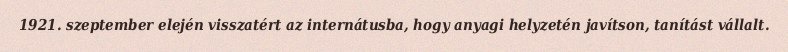
1921. szeptember elején visszatért az internátusba, hogy anyagi helyzetén javítson, tanítást vállalt.